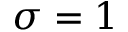
\sigma = 1